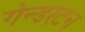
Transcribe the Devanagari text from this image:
गेन्डरटन